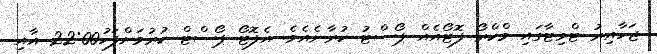
ޖަހާއިރު ޓްވިޓާގައި މްކްރޯ ފޮޓޯއެއް ޕޯސްޓު ކުރާނެއެވެ. އެފޮޓޯ ޕޯސްޓް ކުރުމަށްފަހު22:00 އާއި